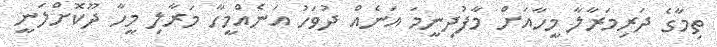
ތިމާގެ ދަރިމަރާލާ މީހާއަށް މާފުދިނީމަ އަނެއް ދުވަހު އަނެއްމީހާ މަރާލި މީހާ ދޫކޮށްލަނީ